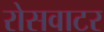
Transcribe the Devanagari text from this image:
रोसवाटर